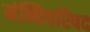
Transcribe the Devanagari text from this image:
मंन्त्रिपरिषद